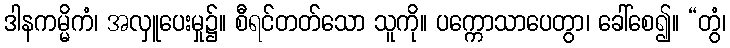
ဒါနကမ္မိကံ၊ အလှူပေးမှု၌။ စီရင်တတ်သော သူကို။ ပက္ကောသာပေတွာ၊ ခေါ်စေ၍။ “တွံ၊